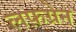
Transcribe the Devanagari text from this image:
लफ़ग्रेन